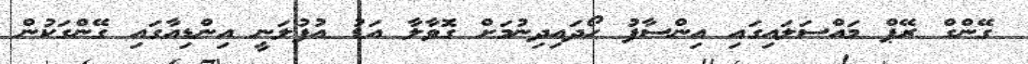
ގޭންގް ރޭޕް މައްސަލައިގައި އިންސާފު ހޯދައިދިނުމަށް ގޮވާލާ އަޑު އުފުލަނީ އިންޑިއާގައި ގޭންގަކުން